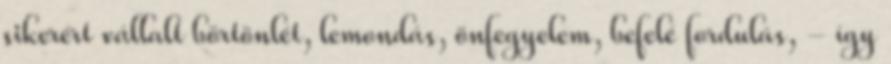
sikerért vállalt börtönlét, lemondás, önfegyelem, befelé fordulás, - így